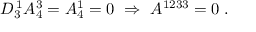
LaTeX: D _ { 3 } ^ { \, 1 } A _ { 4 } ^ { 3 } = A _ { 4 } ^ { 1 } = 0 \ \Rightarrow \ A ^ { 1 2 3 3 } = 0 \; .